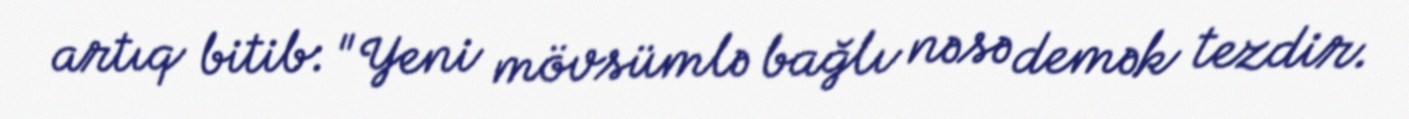
artıq bitib: "Yeni mövsümlə bağlı nəsə demək tezdir.